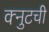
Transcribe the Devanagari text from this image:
क्नुटची